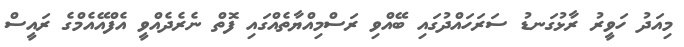
މިއަދު ހަވީރު ރާޅުގަނޑު ސަރަހައްދުގައި ބޭއްވި ރަސްމިއްޔާތެއްގައި ފޮތް ނެރެދެއްވީ އެފްއޭއެމްގެ ރައީސް